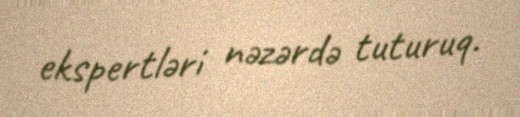
ekspertləri nəzərdə tuturuq.